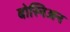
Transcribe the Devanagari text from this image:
बोस्निअन